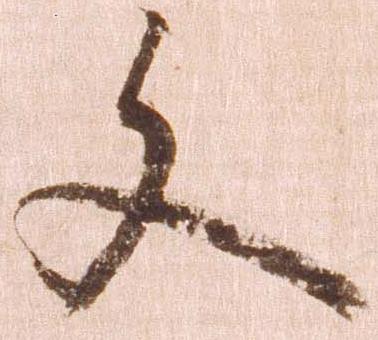
文